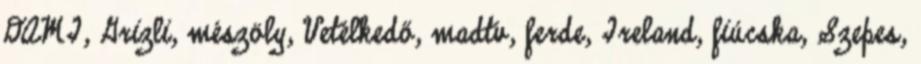
DAMI, Grizli, mészöly, Vetélkedő, madtv, ferde, Ireland, fiúcska, Szepes,